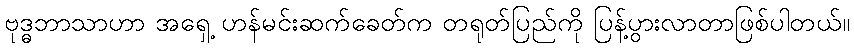
ဗုဒ္ဓဘာသာဟာ အရှေ့ ဟန်မင်းဆက်ခေတ်က တရုတ်ပြည်ကို ပြန့်ပွားလာတာဖြစ်ပါတယ်။